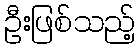
ဦးဖြစ်သည့်